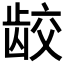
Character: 𫜪